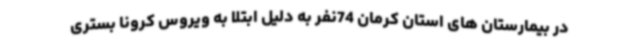
در بیمارستان های استان کرمان 74نفر به دلیل ابتلا به ویروس کرونا بستری